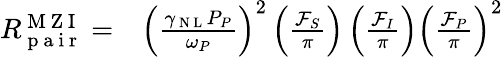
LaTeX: \begin{array}{rl}{R_{\mathrm{~p~a~i~r~}}^{\mathrm{~M~Z~I~}}=}&{{}\left(\frac{\gamma_{\mathrm{~N~L~}}P_{P}}{\omega_{P}}\right)^{2}\left(\frac{\mathcal{F}_{S}}{\pi}\right)\left(\frac{\mathcal{F}_{I}}{\pi}\right)\left(\frac{\mathcal{F}_{P}}{\pi}\right)^{2}}\end{array}